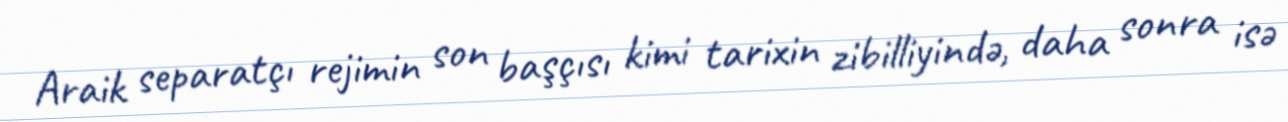
Araik separatçı rejimin son başçısı kimi tarixin zibilliyində, daha sonra isə